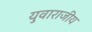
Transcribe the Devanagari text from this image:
युवाराजीय